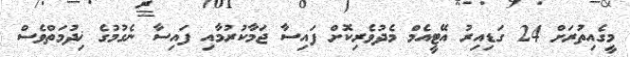
މީގެއިތުރަށް 24 ގަޑިއިރު އޭޓީއެމް މެދުވެރިކޮށް ފައިސާ ޖަމާކުރުމާއި ފައިސާ ނެގުމުގެ ޚިދުމަތްވެސް